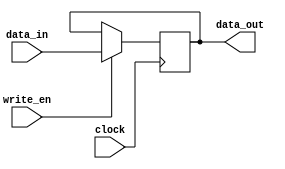
module IR(clock,write_en, data_in, data_out);

input clock;
input[15:0] data_in;
input write_en;
output reg[15:0] data_out;

always @(posedge clock)
begin

if(write_en == 1)

data_out <= data_in ;

end

endmodule